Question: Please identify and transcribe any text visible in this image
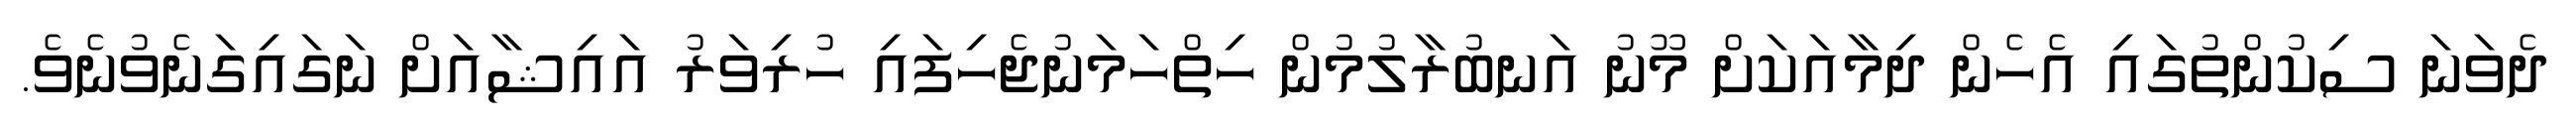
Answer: ދެވަނަ ސިކުންތުގައި އެހެން ދިމާއަކަށް މޫނު އަނބުރާލުމުން ހިތްހަމަނުޖެހިފައި ހުރިވަރު އައިޝާއަށް ނަގައިގަނެވުނެވެ.